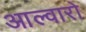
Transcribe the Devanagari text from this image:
आल्वारो